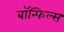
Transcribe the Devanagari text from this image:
बाॅन्फिल्स